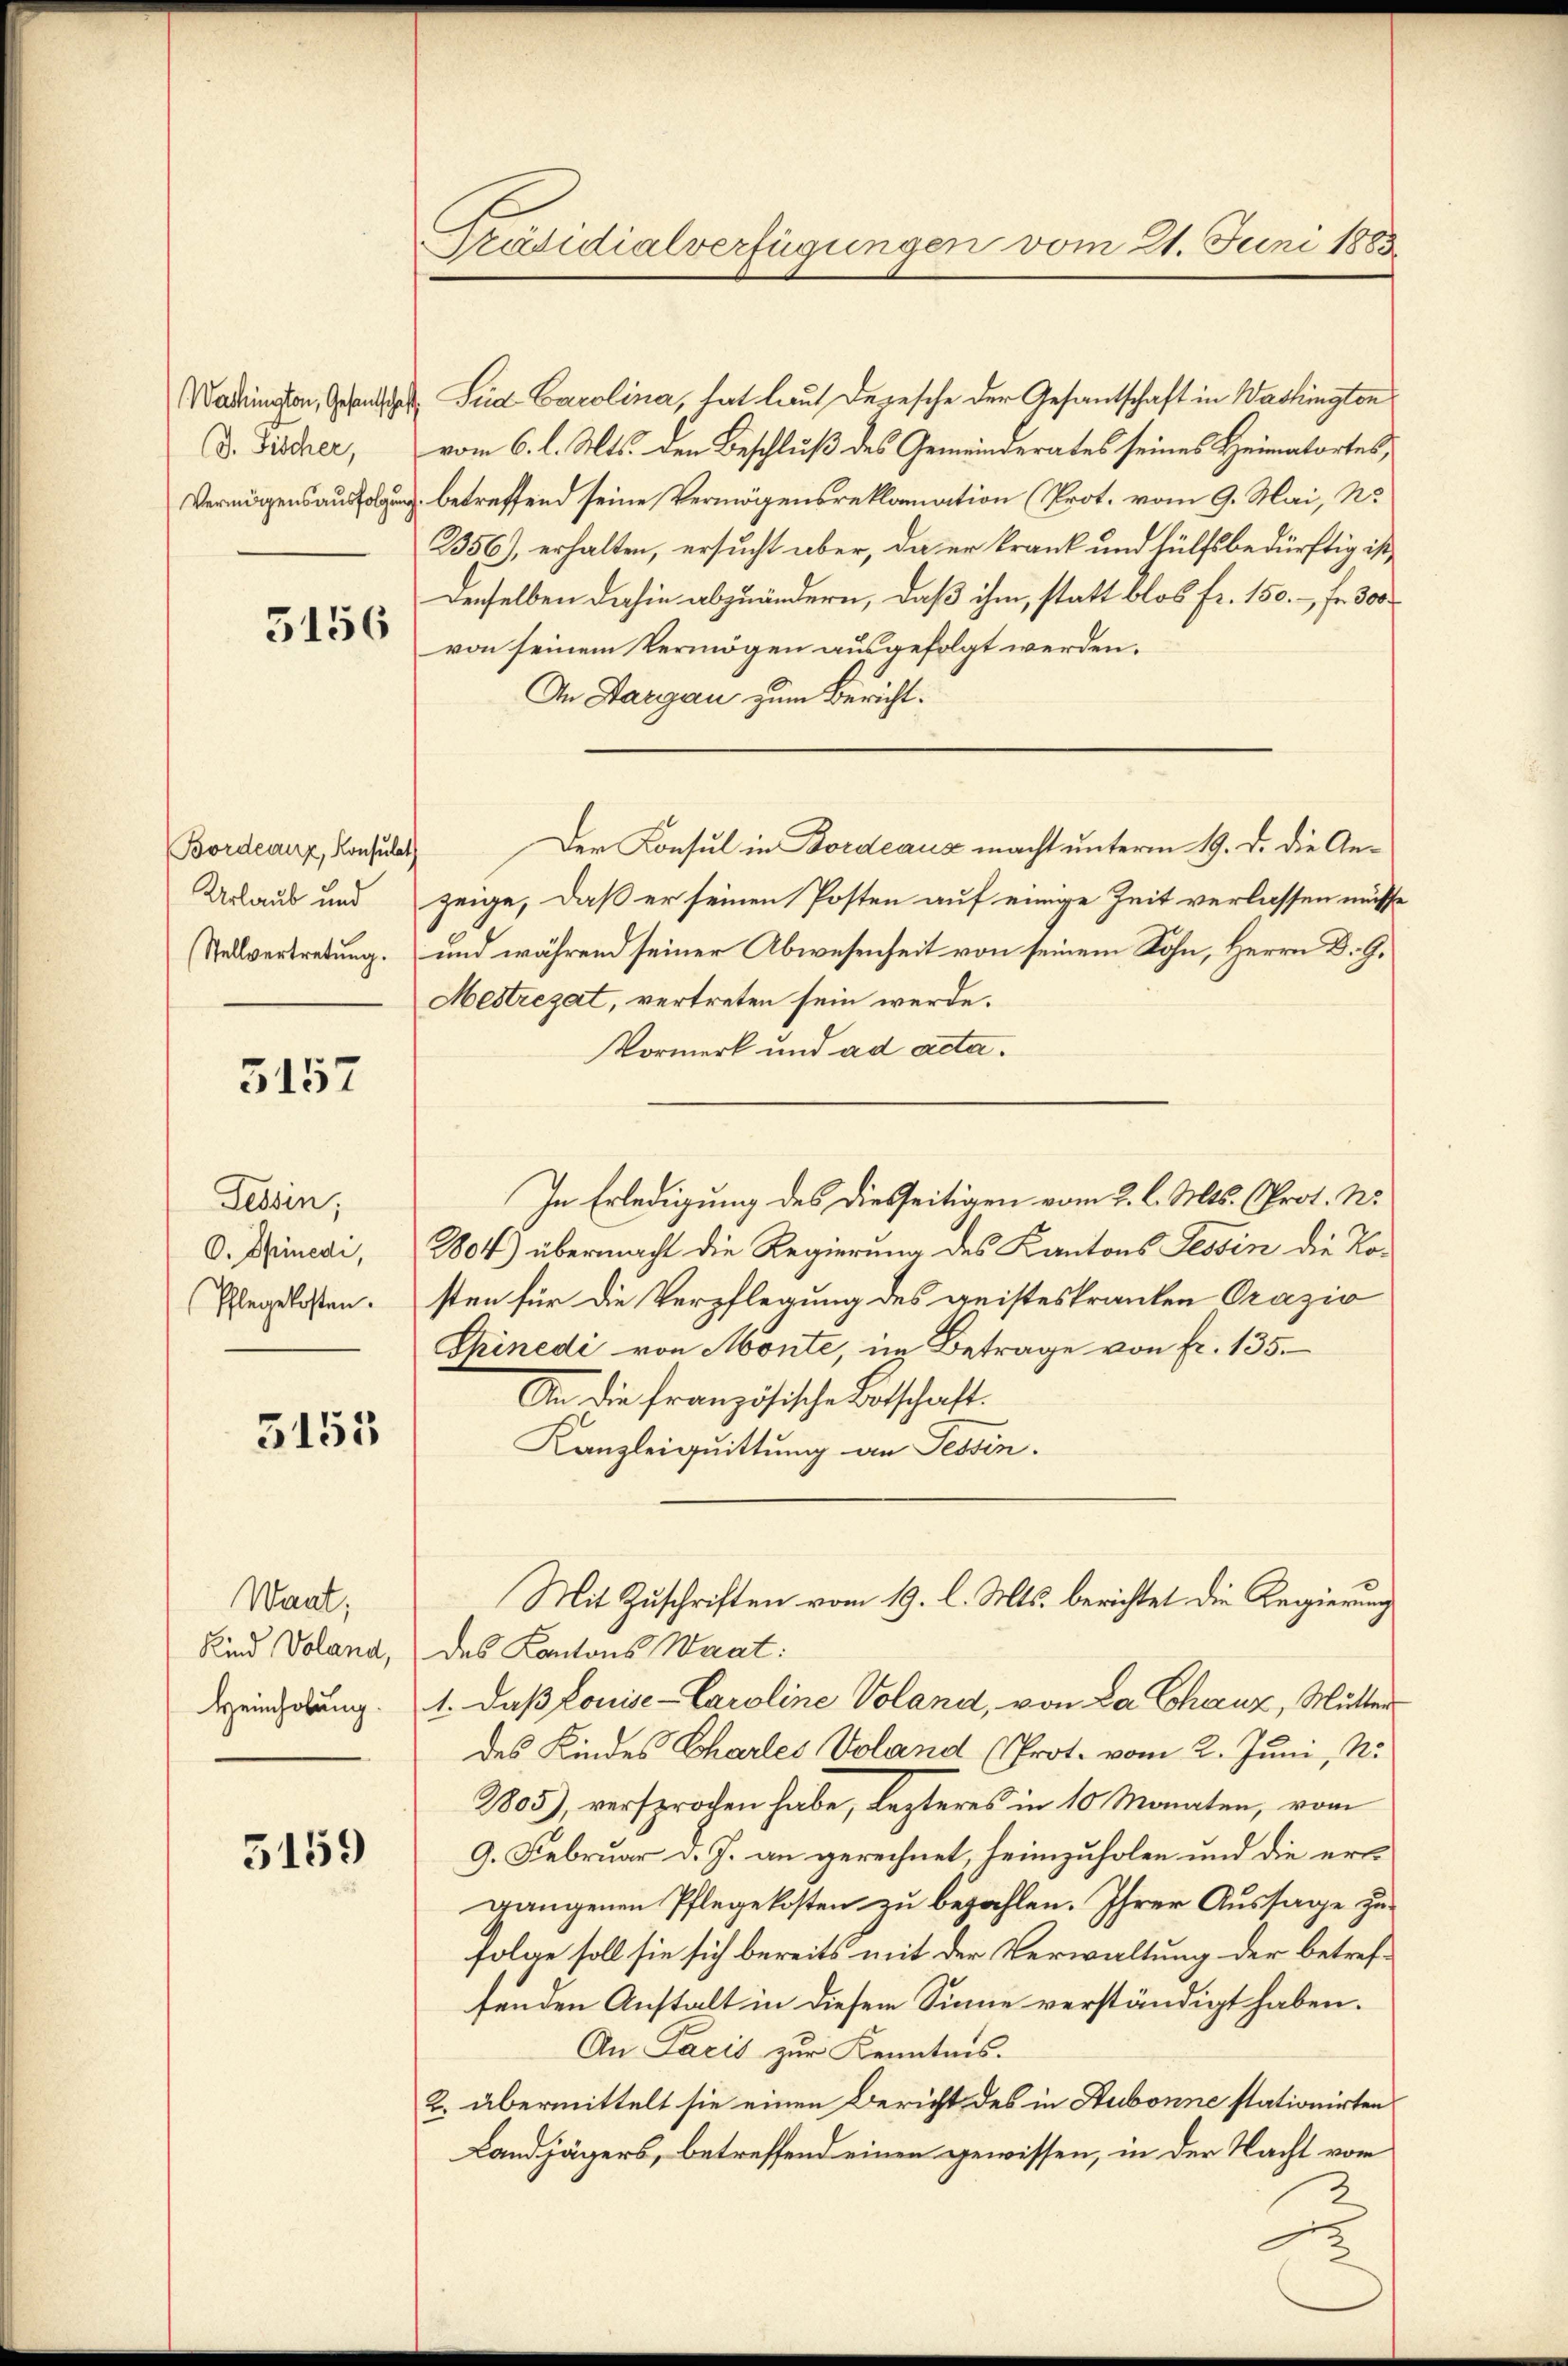
Wachington, Gesandschaf
D. Fischer,
Vermögensausfolgung

5156

Bordeaux, Konsulat
Urlaub und
Stellvertretung.

5157

Tessin,
O. Spinedi,
Pflegekosten.

5155

Want;
Kind Voland,
Heimholung.

5159

Präsidialverfügungen vom 21. Juni 1883

Sud Carolina, hat laut Depesche der Gesandtschaft in Washington
vom 6. l. Mts. den Beschluß des Gemeinderates seines Heimatortes,
betreffend seine Vermögensreklamation (Prot. vom 9. Mai, No
2356), erhalten, ersucht aber, da er krank und hülfsbedürftig ist
Denselben dahin abzuändern, daß ihm, statt blos fr. 150.- Fr. 300
von seinem Vermögen ausgefolgt werden.
An Sargau zum Bericht.
Der Konsul in Bordeaus macht unterm 19. d. die Anzeige, daß er seinen Posten auf einige Zeit verlassen müsse
und während seiner Abwesenheit von seinem Sohn, Herrn D. G.
Mestregat, vertreten sein werde.
Vormerk und ad acta.
2804) übermacht die Regierung des Kantons Tessin die Tosten für die Verpflegung des geisteskranken Orazio
Spinedi von Monte, im Betrage von fr. 135.
An die französische Botschaft.
Kanzleiquittung an Tessin.
Mit Zuschriften vom 19. l. Mts. berichtet die Regierung
des Kantons Waat:
1. Daß Louise- Caroline Voland, von La Chauz, Mutter
des Kindes Charles Voland (Prot. vom 2. Juni, N.
2805), versprochen habe, lezteres in 10 Monaten, vom
9. Februar v. J. an gerechnet heimzuholen und die ers
gangenen Pflegekosten zu bezahlen. Ihrer Aussage zufolge soll sie sich bereits mit der Verwaltung der betreffenden Anstalt in diesem Sinne verständigt haben.
An Pacis zur Kenntnis.
2. übermittelt sie einen Bericht des in Stubonne stationirten
Landjägers, betreffend einen gewissen, in der Nacht vor
2
A

In Erledigung des diesseitigen vom 2. l. Mts. (Prot. N.